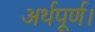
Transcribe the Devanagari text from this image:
अर्थपूर्ण।